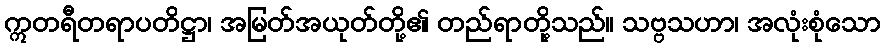
ဣတရီတရာပတိဋ္ဌာ၊ အမြတ်အယုတ်တို့၏ တည်ရာတို့သည်။ သဗ္ဗသဟာ၊ အလုံးစုံသော